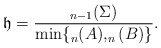
\begin{align*}\mathfrak h = \frac{_{n-1}(\Sigma)}{\min\{_n(A),_n(B)\} }.\end{align*}